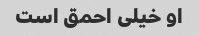
او خیلی احمق است